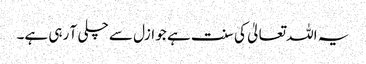
یہ اللہ تعالیٰ کی سنت ہے جو ازل سے چلی آ رہی ہے۔